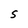
Character: S